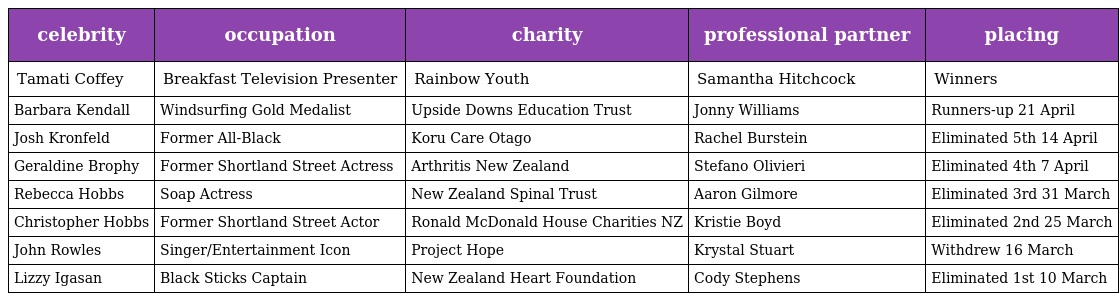
| celebrity | occupation | charity | professional partner | placing |
 | --- | --- | --- | --- | --- |
 | Tamati Coffey | Breakfast Television Presenter | Rainbow Youth | Samantha Hitchcock | Winners |
 | Barbara Kendall | Windsurfing Gold Medalist | Upside Downs Education Trust | Jonny Williams | Runners-up 21 April |
 | Josh Kronfeld | Former All-Black | Koru Care Otago | Rachel Burstein | Eliminated 5th 14 April |
 | Geraldine Brophy | Former Shortland Street Actress | Arthritis New Zealand | Stefano Olivieri | Eliminated 4th 7 April |
 | Rebecca Hobbs | Soap Actress | New Zealand Spinal Trust | Aaron Gilmore | Eliminated 3rd 31 March |
 | Christopher Hobbs | Former Shortland Street Actor | Ronald McDonald House Charities NZ | Kristie Boyd | Eliminated 2nd 25 March |
 | John Rowles | Singer/Entertainment Icon | Project Hope | Krystal Stuart | Withdrew 16 March |
 | Lizzy Igasan | Black Sticks Captain | New Zealand Heart Foundation | Cody Stephens | Eliminated 1st 10 March |